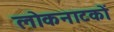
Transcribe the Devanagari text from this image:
लोकनाटकों